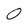
Character: 0